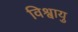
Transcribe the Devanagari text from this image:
विश्वायु